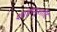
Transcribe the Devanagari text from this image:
शाहानुशाहि